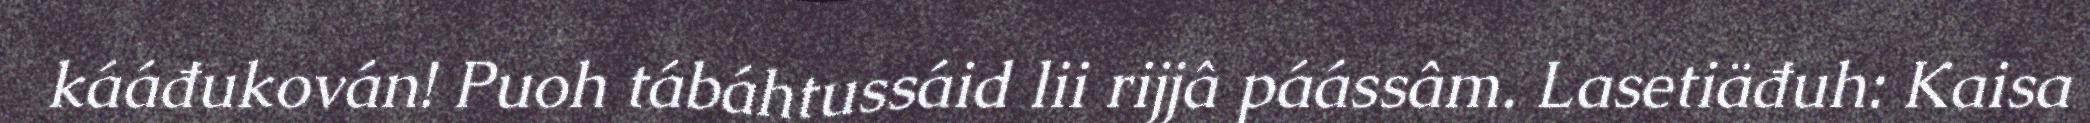
kááđukován! Puoh tábáhtussáid lii rijjâ páássâm. Lasetiäđuh: Kaisa